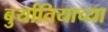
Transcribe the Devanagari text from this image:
बुर्यातियाच्या